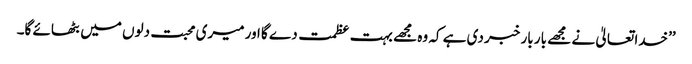
’’خدا تعالیٰ نے مجھے بار بار خبر دی ہے کہ وہ مجھے بہت عظمت دے گا اور میری محبت دلوں میں بٹھائے گا۔